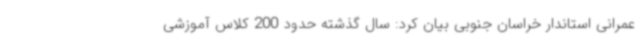
عمرانی استاندار خراسان جنوبی بیان کرد: سال گذشته حدود 200 کلاس آموزشی